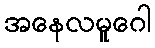
အနေလမူဂေါ